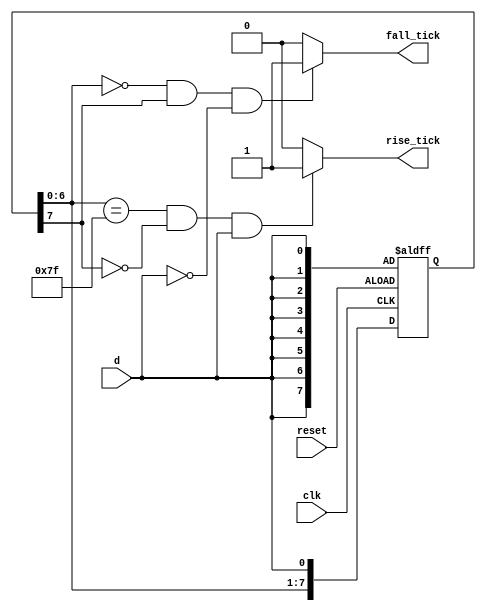
module edge_detector
    #(parameter
        N = 'd8         /* Debounce by waiting N-1 clk count */
    )
    (
        input clk, reset,
        input d,
        output reg rise_tick,
        output reg fall_tick
    );

    reg [N-1:0] d_reg, d_next;

    always@(posedge clk, posedge reset) begin
        if(reset) begin
            d_reg <= {N{d}};
        end
        else begin
            d_reg <= d_next;
        end
    end
    always@* begin
        d_next = {d_reg[N-2:0], d};
    end

    always@* begin
        rise_tick = 1'b0;
        fall_tick = 1'b0;
        if((d_reg[N-2:0] == {N-1{1'b1}}) && (d_reg[N-1]==1'b0) && d==1'b1) begin
            rise_tick = 1'b1;
        end
        if((d_reg[N-2:0] == {N-1{1'b0}}) && (d_reg[N-1]==1'b1) && d==1'b0) begin
            fall_tick = 1'b1;
        end 
    end 

endmodule